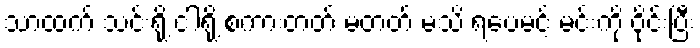
သာထက် သင်းရို့ ငါရို့ စကားတတ် မတတ် မသိ ရပေမင့် မင်းကို ဝိုင်းပြီး